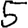
Digit: 5